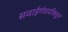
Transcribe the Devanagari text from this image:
सवाईगंधर्वांकडून